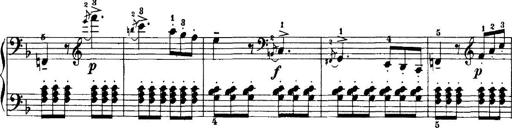
Title: 7 Sonatinas
Composer: Anton Diabelli